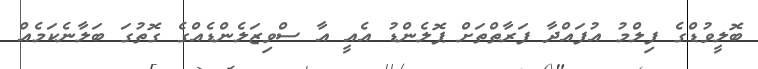
ބޮލީވުޑްގެ ފިލްމު އުފައްދާ ފަރާތްތަށް ޕޮލެންޑު އެއީ އާ ސްވިޒަލެންޑެއްގެ ގޮތުގަ ބަލާނެކަމެއް